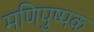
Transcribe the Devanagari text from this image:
मणिपुष्पक